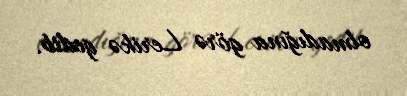
olmadığına görə Lerikə gedib.